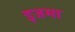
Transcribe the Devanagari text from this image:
इजमा